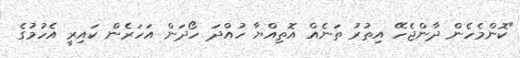
"ކޮންމެހެން ދާންޖެހޭ އިތުރު ތަނެއް އޮތިއްޔާ ހުއްދަ ހޯދަން އަހަރެން ކައިރީ އެހުމުގެ